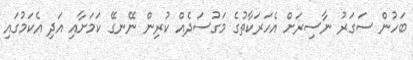
ބަހުން ސަގަރު ނާސިރަށް އެހަރަކާތުގެ މަގުސަދެއް ކުރިން ނޭނގޭ ކަމަށާއި އަދި އެކަމުގައި